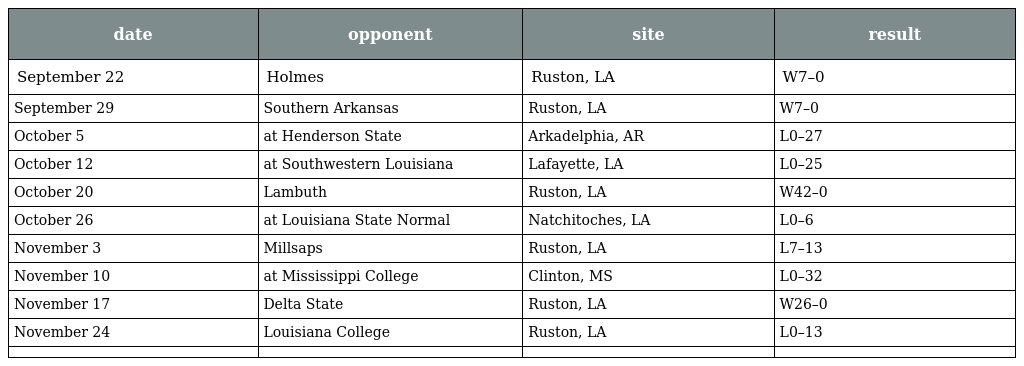
| date | opponent | site | result |
 | --- | --- | --- | --- |
 | September 22 | Holmes | Ruston, LA | W7–0 |
 | September 29 | Southern Arkansas | Ruston, LA | W7–0 |
 | October 5 | at Henderson State | Arkadelphia, AR | L0–27 |
 | October 12 | at Southwestern Louisiana | Lafayette, LA | L0–25 |
 | October 20 | Lambuth | Ruston, LA | W42–0 |
 | October 26 | at Louisiana State Normal | Natchitoches, LA | L0–6 |
 | November 3 | Millsaps | Ruston, LA | L7–13 |
 | November 10 | at Mississippi College | Clinton, MS | L0–32 |
 | November 17 | Delta State | Ruston, LA | W26–0 |
 | November 24 | Louisiana College | Ruston, LA | L0–13 |
 |  |  |  |  |